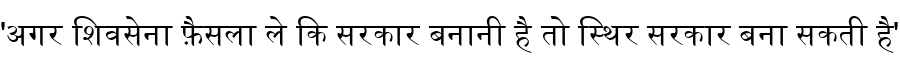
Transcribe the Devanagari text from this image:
'अगर शिवसेना फ़ैसला ले कि सरकार बनानी है तो स्थिर सरकार बना सकती है'